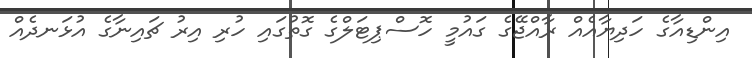
އިންޑިއާގެ ހަދިޔާއެއް ރާއްޖޭގެ ގައުމީ ހޮސްޕިޓަލްގެ ގޮތުގައި ހުރި އިރު ޗައިނާގެ އުޅަނދެއް